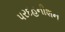
પરદહનીશન